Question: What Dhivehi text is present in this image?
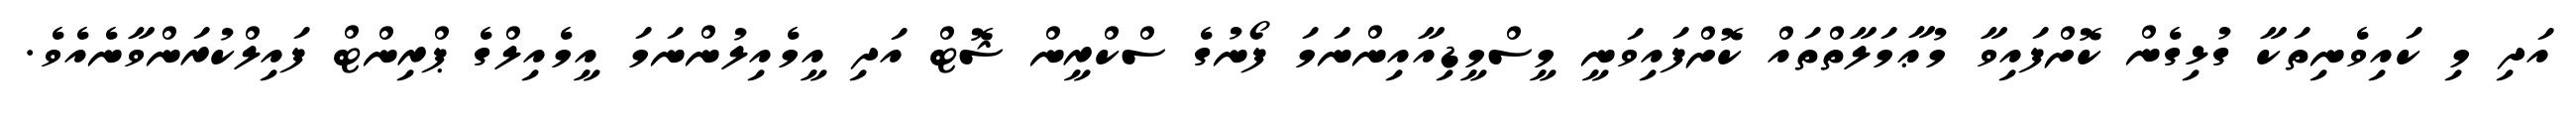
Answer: އަދި މި ކައިވެނިތަކާ ގުޅިގެން ކޮށްފައިވާ މުޢާމަލާތްތައް ކޮށްފައިވަނީ މީސްމީޑިއާއިންނަމަ ފޯނުގެ ސްކްރީން ޝޮޓް އަދި އީމެއިލުންނަމަ އީމެއިލްގެ ޕްރިންޓް ފައިލްކުރަންވާނެއެވެ.